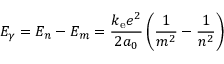
E _ { \gamma } = E _ { n } - E _ { m } = { \frac { k _ { \mathrm { e } } e ^ { 2 } } { 2 a _ { 0 } } } \left( { \frac { 1 } { m ^ { 2 } } } - { \frac { 1 } { n ^ { 2 } } } \right)